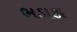
ભડાકા